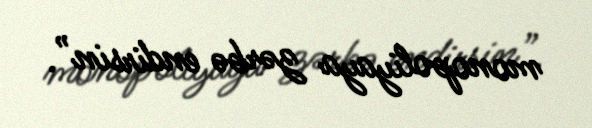
monopoliyaya zərbə endirsin”.